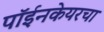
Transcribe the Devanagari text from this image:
पॉईनकेयरचा